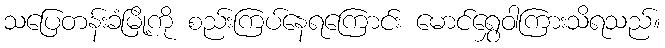
သပြေတန်းခံမြို့ကို စည်းကြပ်နေရကြောင်း မောင်ရွှေဝါကြားသိရသည်။